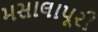
મસાલાપૂરી